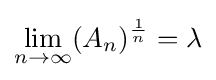
\lim _{n\rightarrow \infty }(A_{n})^{\frac {1}{n}}=\lambda